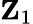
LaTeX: \mathbf{Z}_{1}